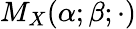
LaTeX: M_{X}(\alpha;\beta;\cdot)